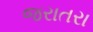
જરાતરા